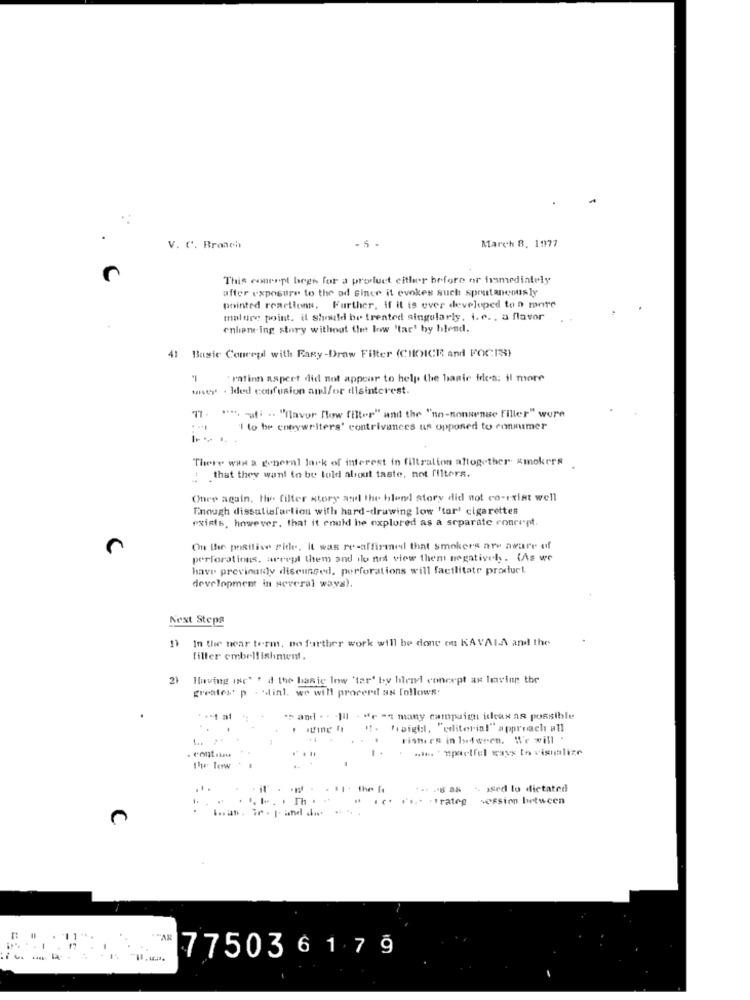
March 8. 1977
V. C. Broach
- 5 -
This comment begs for a product either before or framediately
after exposure to the ad Since it evokes such spontaneously
pointed reactions. Further, if it is ever developed to a more
malure point. il Should be treated singularly, i. e ., a flavor
cnhan ing story without the low 'tar' by hlend.
41 Basic Concept with Faxy-Draw Filter (CHOICE and FOCIS)
' rafinn aspect did not appear to help the basic files: il more
whey . Ided confusion andfor disinterest.
77. *** - fi - "flavor flow filter" and the "no-nonsense filler" were
1 to be copywriters' contrivances us opposed to conmimer
There was a general lack of interest in filtration altogether smokers
: that they want to be told altout taste, not filters.
Oner again, Hy. filter story and the blend story did not co-exist well
Enough dissatisfaction with hard-drawing low 'tar' cigarettes
exists, however, that it could he explored as a separate roncept.
On the postlive Pide. It was re-affirmed that smokers are aware of
perforations, accept them and ilo nes view them negatively. (As we
have previously diseungedl, perforations will facilitate product
development in several ways).
Next Steps
In the near term, no further work will be done on KAVALA and the
filter embell ishment,
21
Having INe' ' d the basic low 'tar' by hendl concept ax leaving the
greates. p - dinl. we will proceed as follows:
* and . . - III - de -4 many campuis ideas as possible
I ame ft !!. (pigi, "editorial" approach all
riste es in between. We will
*** * Epaelfel ways to visualize
The Tow
.1 .
*** -- 8 88 - ed lo dictated
. .... . Th . . . . .... - rateg session between
"AR
77503 6 1 7 9